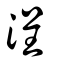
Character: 浧